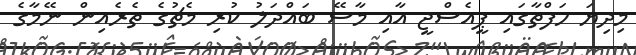
މިދިޔަ ހަފްތާގައި ޕީއެސްޖީ އާއި މާސޭ ބައްދަލު ކުރި މެޗުގެ ތެރެއިން ނޭމާގެ